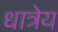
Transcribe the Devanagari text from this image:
धात्रेय